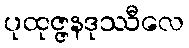
ပုထုဇ္ဇနဒုဿီလေ